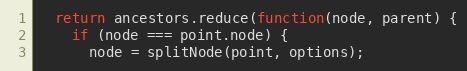
Language: JavaScript
  return ancestors.reduce(function(node, parent) {
    if (node === point.node) {
      node = splitNode(point, options);